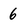
Character: 6